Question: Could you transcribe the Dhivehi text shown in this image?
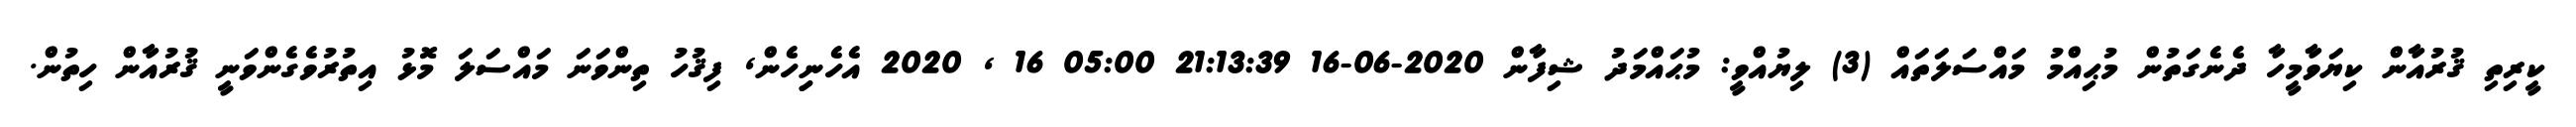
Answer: ކީރިތި ޤުރުއާން ކިޔަވާމީހާ ދެނެގަތުން މުޙިއްމު މައްސަލަތައް (3) ލިޔުއްވީ: މުޙައްމަދު ޝިފާން 2020-06-16 21:13:39 05:00 16 , 2020 އެހެނިިހެން, ފިޤުހު ތިންވަނަ މައްސަލަ މޮޅު އިތުރުވެގެންވަނީ ޤުރުއާން ހިތުން.